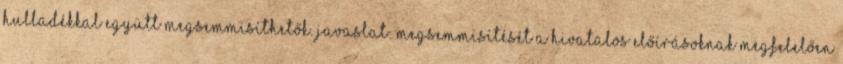
hulladékkal együtt megsemmisíthetők. Javaslat: Megsemmisítését a hivatalos előírásoknak megfelelően